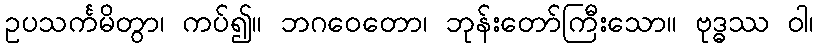
ဥပသင်္ကမိတွာ၊ ကပ်၍။ ဘဂဝေတော၊ ဘုန်းတော်ကြီးသော။ ဗုဒ္ဓဿ ဝါ၊